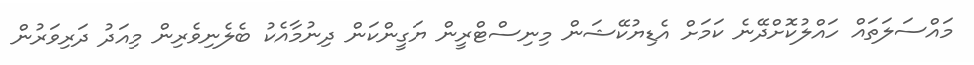
މައްސަލަތައް ހައްލުކޮށްދޭނެ ކަމަށް އެޑިޔުކޭޝަން މިނިސްޓްރީން ޔަގީންކަން ދިނުމާއެކު ބެލެނިވެރިން މިއަދު ދަރިވަރުން